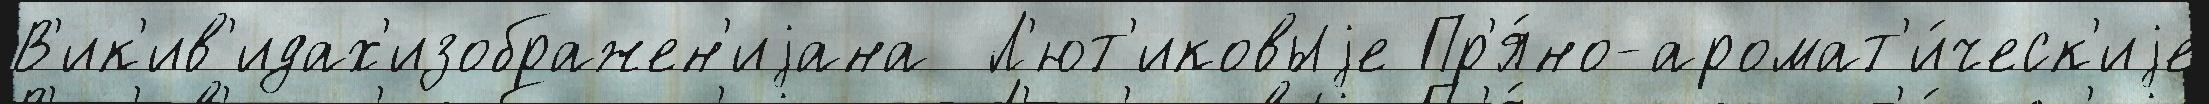
В'ик'ив'идах'изображен'иjана  Л'ют'иковыjе Пр'я́но-аромат'и́ческ'иjе